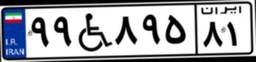
۹۵W۹۳۷۱۹